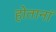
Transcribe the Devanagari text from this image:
होतानां